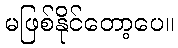
မဖြစ်နိုင်တော့ပေ။